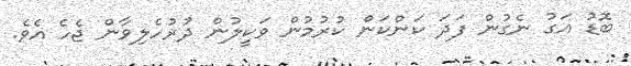
ބޮޑު އަގު ނެގުން ފަދަ ކަންކަން ކުރުމުން ވަކީލުން ދުރުހެލިވާން ޖެހެ އެވެ.